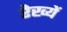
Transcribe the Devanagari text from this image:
रेख्यें